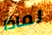
لماذا